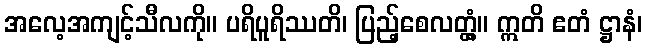
အလေ့အကျင့်သီလကို။ ပရိပူရိဿတိ၊ ပြည့်စေလတ္တံ့။ ဣတိ ဧတံ ဋ္ဌာနံ၊